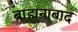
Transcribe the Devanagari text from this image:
ब्राह्मनाबाद